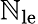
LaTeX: \mathbb{N}_{\mathrm{{le}}}